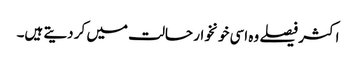
اکثر فیصلے وہ اسی خونخوار حالت میں کر دیتے ہیں۔